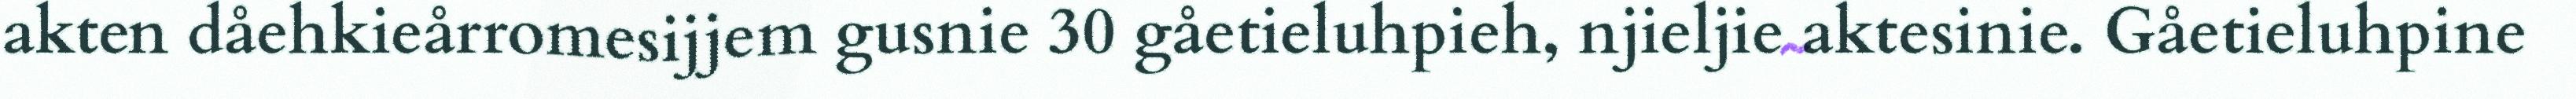
akten dåehkieårromesijjem gusnie 30 gåetieluhpieh, njieljie aktesinie. Gåetieluhpine